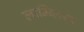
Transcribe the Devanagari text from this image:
लाम्ब्लिया